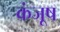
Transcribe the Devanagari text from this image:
कंजूष